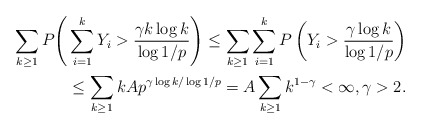
\begin{align*}\sum_{k\geq 1} P \Bigg( &\sum_{i=1}^k Y_i > \frac{ \gamma k \log k } { \log 1/p } \Bigg) \leq \sum_{k\geq 1} \sum_{i=1}^k P \left( Y_i > \frac{ \gamma \log k } { \log 1/p } \right) \\ &\leq \sum_{k \geq 1} k A p^{ \gamma \log k / \log 1/p } =A \sum_{k\geq 1} k^{1 - \gamma } < \infty, \gamma > 2 .\end{align*}